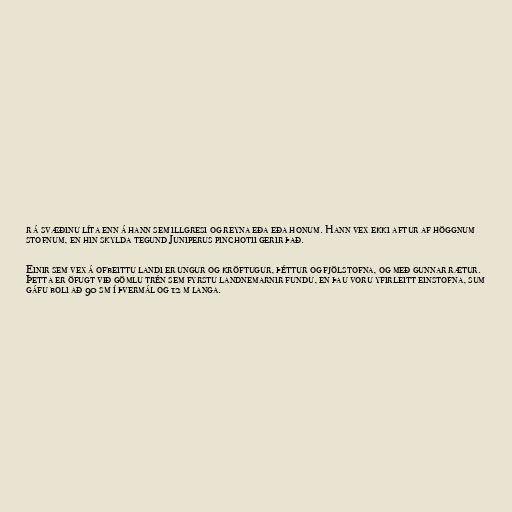
r á svæðinu líta enn á hann sem illgresi og reyna eða eða honum. Hann vex ekki aftur af höggnum
stofnum, en hin skylda tegund Juniperus pinchotii gerir það.

Einir sem vex á ofbeittu landi er ungur og kröftugur, þéttur og fjölstofna, og með gunnar rætur.
Þetta er öfugt við gömlu trén sem fyrstu landnemarnir fundu, en þau voru yfirleitt einstofna, sum
gáfu boli að 90 sm í þvermál og 12 m langa.